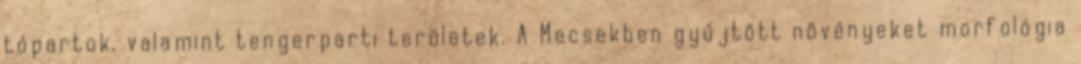
tópartok, valamint tengerparti területek. A Mecsekben gyűjtött növényeket morfológia